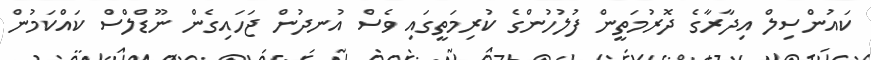
ކައުންސިލް އިދާރާގެ ދޮރުމަތީން ފުލުހުންގެ ކުރިމަތީގައި ވެސް އުނދުން ޖަހައިގެން ނޫޑްލްސް ކައްކަމުން